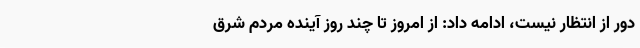
دور از انتظار نیست، ادامه داد: از امروز تا چند روز آینده مردم شرق